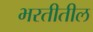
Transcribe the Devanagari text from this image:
भरतीतील